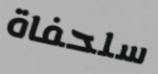
سلحفاة